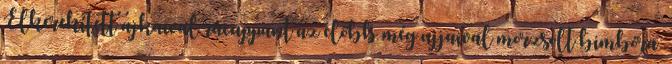
Elkerekített ajkaival rácuppant az előbb még ujjaival morzsolt bimbóra.